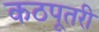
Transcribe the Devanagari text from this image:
कठपूतरी